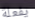
يفعلة